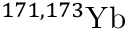
{ } ^ { 1 7 1 , 1 7 3 } \mathrm { Y b }